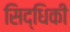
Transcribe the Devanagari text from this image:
सिद्धिकी